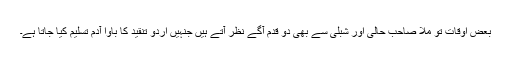
بعض اوقات تو ملّا صاحب حالیؔ اور شبلیؔ سے بھی دو قدم آگے نظر آتے ہیں جنہیں اردو تنقید کا باوا آدم تسلیم کیا جاتا ہے۔